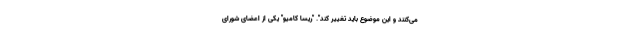
می‌کنند و این موضوع باید تغییر کند". "ریسا کامیو" یکی از اعضای شورای